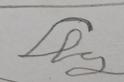
Signature authenticity: forged